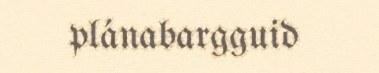
plánabargguid